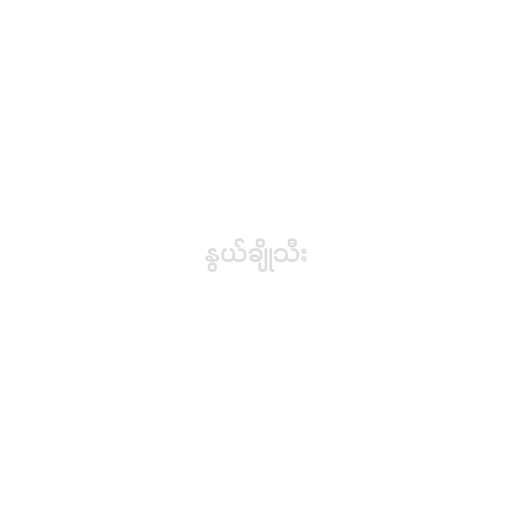
နွယ်ချိုသီး